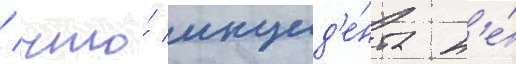
/ что́ инцид'е́нта н'е́